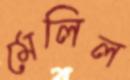
মেলিল